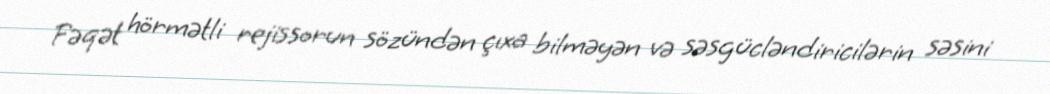
Fəqət hörmətli rejissorun sözündən çıxa bilməyən və səsgücləndiricilərin səsini